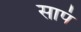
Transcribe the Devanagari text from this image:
सापं